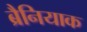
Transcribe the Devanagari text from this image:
ब्रैनियाक